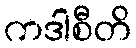
ကဒါစီတိ